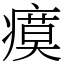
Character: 瘼